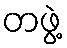
တဖွဲ့